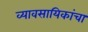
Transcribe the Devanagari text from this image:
व्यावसायिकांचा